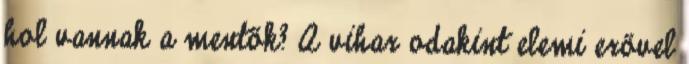
hol vannak a mentők? A vihar odakint elemi erővel